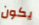
يكون